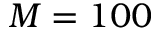
M = 1 0 0